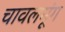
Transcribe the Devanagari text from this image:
चावलमूंग